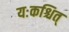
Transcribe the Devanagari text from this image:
यःकश्चित्